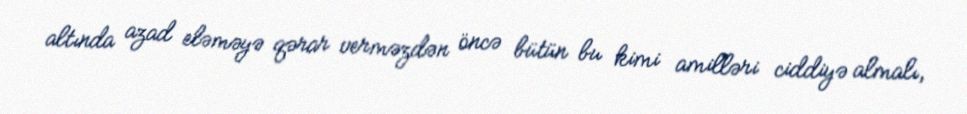
altında azad eləməyə qərar verməzdən öncə bütün bu kimi amilləri ciddiyə almalı,